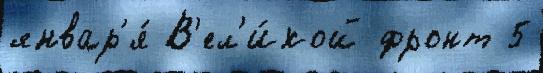
январ'я́ В'ел'и́кой фронт 5